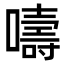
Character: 嚋